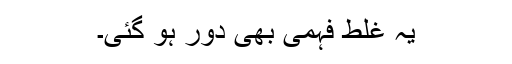
یہ غلط فہمی بھی دور ہو گئی۔